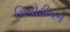
નિયોડીયમ